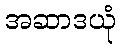
အဆာဒယုံ